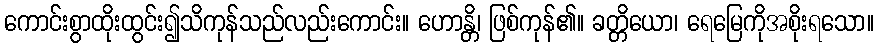
ကောင်းစွာထိုးထွင်း၍သိကုန်သည်လည်းကောင်း။ ဟောန္တိ၊ ဖြစ်ကုန်၏။ ခတ္တိယော၊ ရေမြေကိုအစိုးရသော။